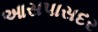
આસપાસદર